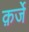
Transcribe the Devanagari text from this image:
क़र्जे